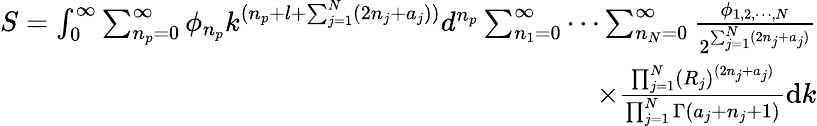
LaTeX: \begin{array}{r}{S=\int_{0}^{\infty}\sum_{n_{p}=0}^{\infty}\phi_{n_{p}}k^{(n_{p}+l+\sum_{j=1}^{N}(2n_{j}+a_{j}))}d^{n_{p}}\sum_{n_{1}=0}^{\infty}\cdots\sum_{n_{N}=0}^{\infty}\frac{\phi_{1,2,\cdots,N}}{2^{\sum_{j=1}^{N}(2n_{j}+a_{j})}}}\\ {\times\frac{\prod_{j=1}^{N}(R_{j})^{(2n_{j}+a_{j})}}{\prod_{j=1}^{N}\Gamma(a_{j}+n_{j}+1)}\mathrm{d}{k}}\end{array}